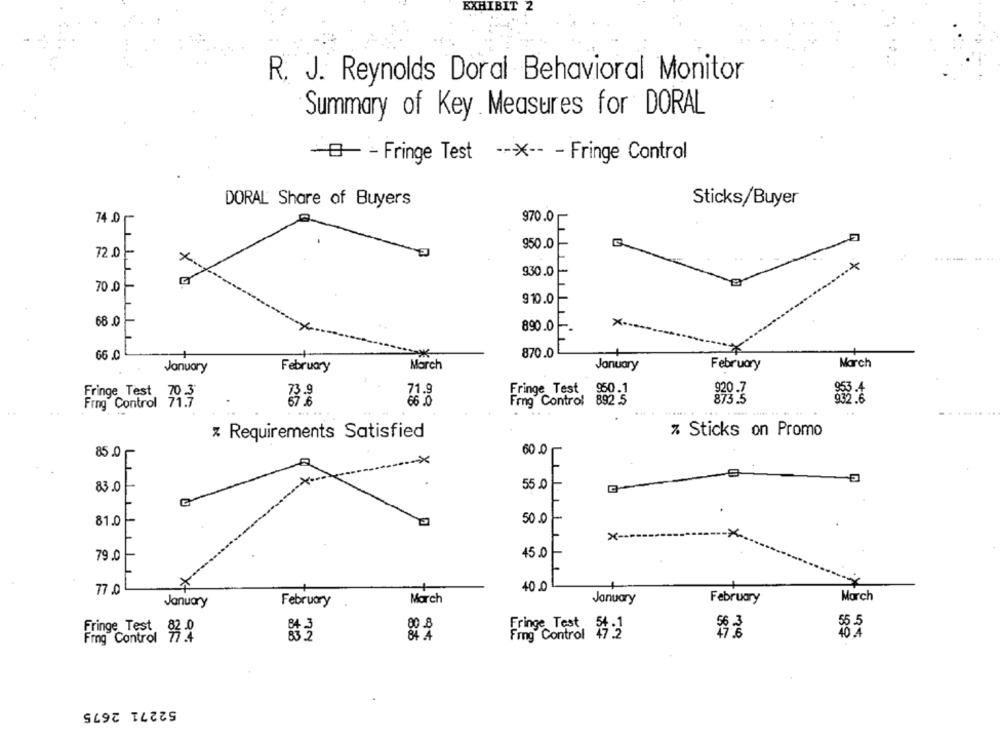
EXHIBIT
R. J. Reynolds Doral Behavioral Monitor
Summary of Key Measures for DORAL
-B- - Fringe Test -- > -- - Fringe Control
DORAL Share of Buyers
Sticks/Buyer
74.0
970.0
L
950.0
72.0
L
930.0
1
70.0
X 0.
910.0
1
68.0
890.0
66.0
870.0
+
March
January
February
March
January
February
Fringe Test
71.9
Fringe Test
Frog Control
71.3
66.0
Frng Control
...... .
........
z Requirements Satisfied
% Sticks on Promo
60.0
85.0
83.0
55.0
50 0
81.0
x
450
79.0
77.0
400
March
January
February
March
January
February
80 .8
Fringe Test
Fringe Test 82 2
Fing Control
Fing Control 47 2
40 4
52271 2675